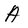
Character: A